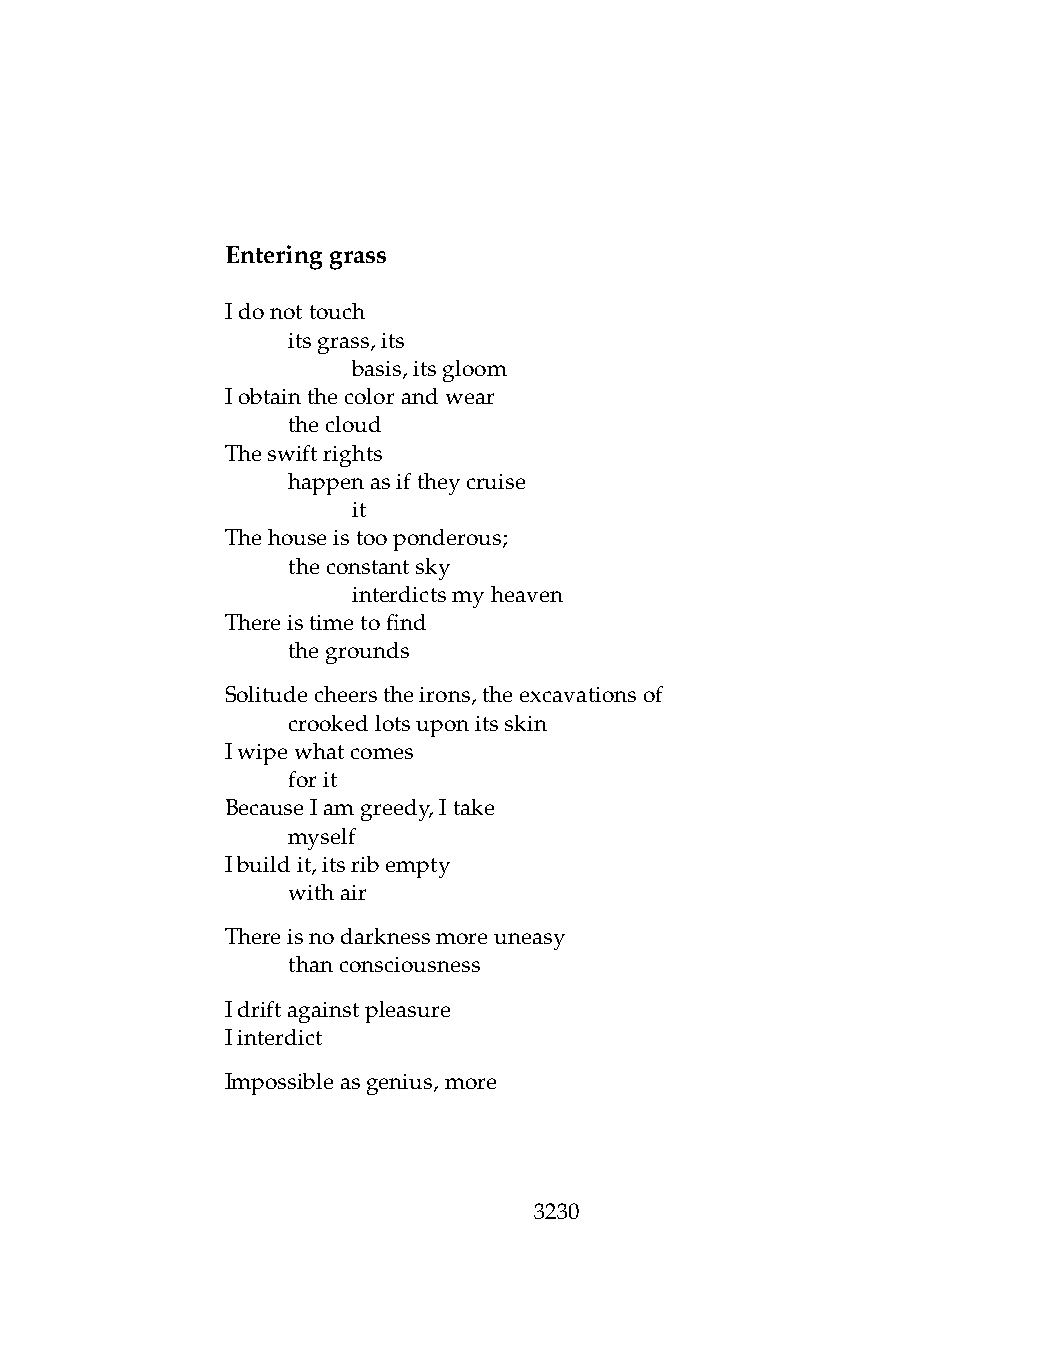
Enteringgrass
 Idonottouch
 .   itsgrass,its
 .   .   basis,itsgloom
 Iobtainthecolorandwear
 .   thecloud
 Theswiftrights
 .   happenasiftheycruise
 .   .   it
 Thehouseistooponderous;
 .   theconstantsky
 .   .   interdictsmyheaven
 Thereistimetofind
 .   thegrounds
 Solitudecheerstheirons,theexcavationsof
 .   crookedlotsuponitsskin
 Iwipewhatcomes
 .   forit
 BecauseIamgreedy,Itake
 .   myself
 Ibuildit,itsribempty
 .   withair
 Thereisnodarknessmoreuneasy
 .   thanconsciousness
 Idriftagainstpleasure
 Iinterdict
 Impossibleasgenius,more
 3230